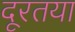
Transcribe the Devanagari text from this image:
दूरतया